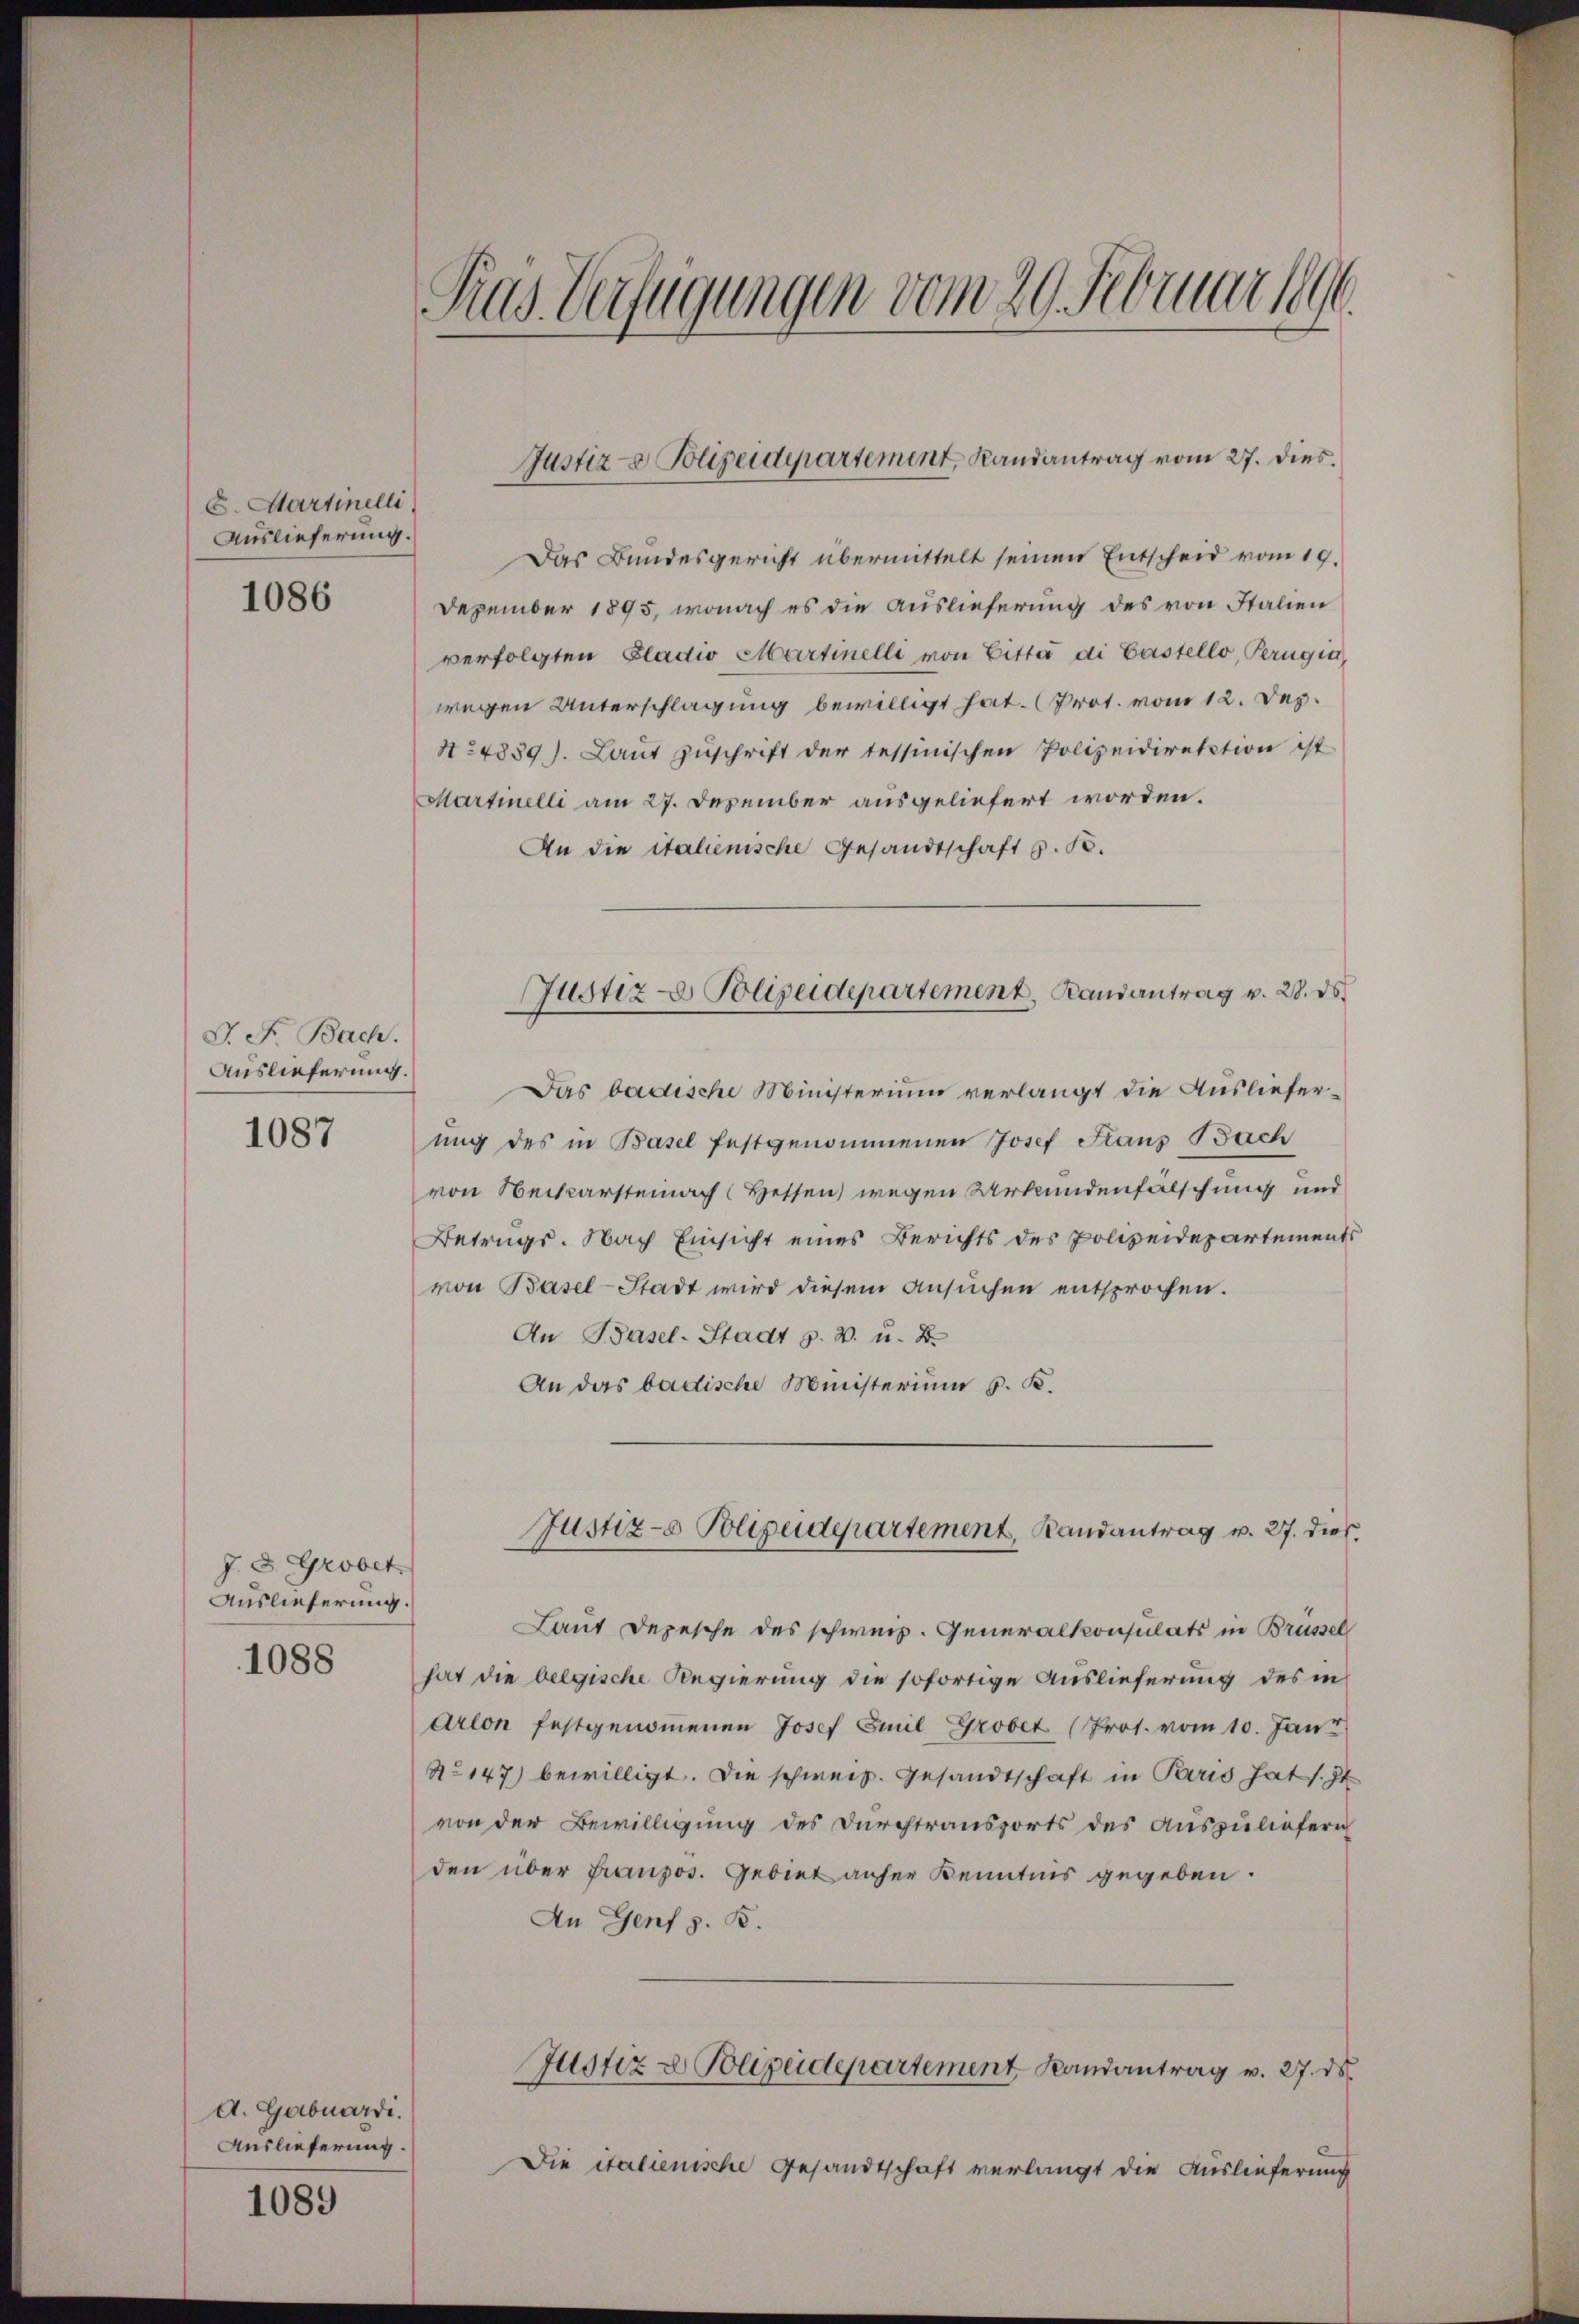
S. Martinelli
Auslieferung.

1086

J. F. Bach.
Auslieferung.
1087

J. J. Grodet
Auslieferung.

A. Gabuardi.
Auslieferung.

1089

Pras Verfügungen vom 20. Februar 1890.

Das Bundesgericht übermittelt seinen Entscheid vom 19.
Dezember 1895, wonach es die Auslieferung des von Italien
verfolgten Gladio Martinelli von Bitte di Castello, Perugin,
wegen Unterschlagung bewilligt hat. (Prot. vom 12. Dez.
424839). Laŭt Zŭschrift der tessinischen Polizeidirektion ist
Martinelli am 27. Dezember ausgeliefert worden.
An die italienische Gesandtschaft z. B.
Das badische Ministerium verlangt die Auslieferung des in Basel festgenommenen Josef Fraus Bach
von Seckarsteinach Hessen wegen Urkundenfälschung und
Betrugs. Nach Einsicht eines Berichts des Polizeidepartements
von Basel-Stadt wird diesem Ansuchen entsprochen.
An Basel-Stadt z. B. u. B
An das badische Ministerium S. K.
Justiz- Polizeidepartement, Randantrag v. 27. dies
Laut Depesche des schweiz. Generalkonsulats in Brüssel
1088 hat die belgische Regierung die sofortige Auslieferung des in
Arlon festgenommenen Josef Emil Grobet (Prot. vom 10. Jan
No 147) bewilligt. Die schweiz. Gesandtschaft in Paris hat s. Zt
von der Bewilligung des Durchtransports des Auszuliefern
den über französ. Gebiet anher Kenntnis gegeben.
An Genf z. B.
Justiz & Polizeidepartement Randantrag v. 27. ds.
Die italienische Gesandtschaft verlangt die Auslieferung

Justiz- & Polizeidepartement, Randantrag vom 27. dies.

Justiz- & Polizeidepartement, Randantrag v. 28. ds